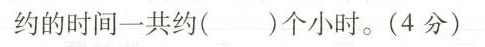
约的时间一共约()个小时。(4分)